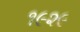
૧૯૨૯